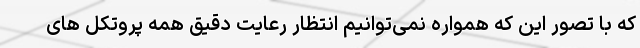
که با تصور این که همواره نمی‌توانیم انتظار رعایت دقیق همه پروتکل های